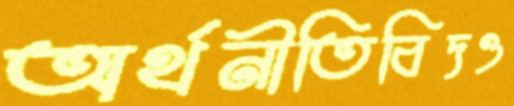
অর্থনীতিবিদও